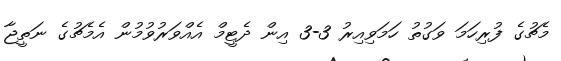
މެޗުގެ ފުރިހަމަ ވަގުތު ހަމަވިއިރު 3-3 އިން ދެޓީމް އެއްވަރުވުމުން އެމެޗުގެ ނަތީޖާ